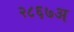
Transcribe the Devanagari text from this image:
२८६७अ